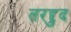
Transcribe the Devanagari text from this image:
तरद्दुद